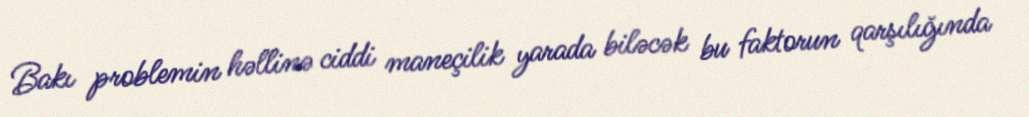
Bakı problemin həllinə ciddi maneçilik yarada biləcək bu faktorun qarşılığında